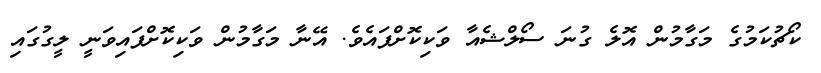
ކޯޗުކަމުގެ މަގާމުން އޮލެ ގުނަ ސޯލްޝެއާ ވަކިކޮށްފައެވެ. އޭނާ މަގާމުން ވަކިކޮށްފައިވަނީ ލީގުގައި